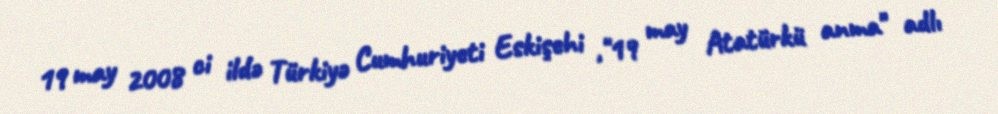
19 may 2008 ci ildə Türkiyə Cumhuriyeti Eskişehi ,"19 may Atatürkü anma" adlı